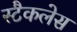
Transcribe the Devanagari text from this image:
स्टैकलेस